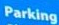
Parking